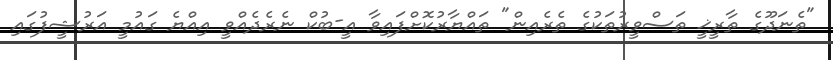
"ތެނަދޫގެ ތާރީޚީ ތަސްވީރުތަކުގެ ތެރެއިން" ތައްޔާރުކޮށްފައިވާ އީ-ބުކް ނެރެދެއްވީ އިއްޔެ ގައުމީ އަރުޝީފުގައި